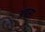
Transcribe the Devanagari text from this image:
अबसा